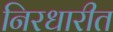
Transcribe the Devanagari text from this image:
निरधारीत